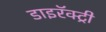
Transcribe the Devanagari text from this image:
डाइरॅक्ट्री